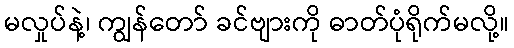
မလှုပ်နဲ့၊ ကျွန်တော် ခင်ဗျားကို ဓာတ်ပုံရိုက်မလို့။